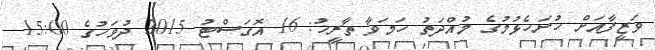
ވަޒީފާއަށް ހުށަހެޅުމުގެ މުއްދަތު ހަމަވާ ތާރީޚު: 16 އޮގަސްޓު 2015 ދުވަހުގެ 15:00